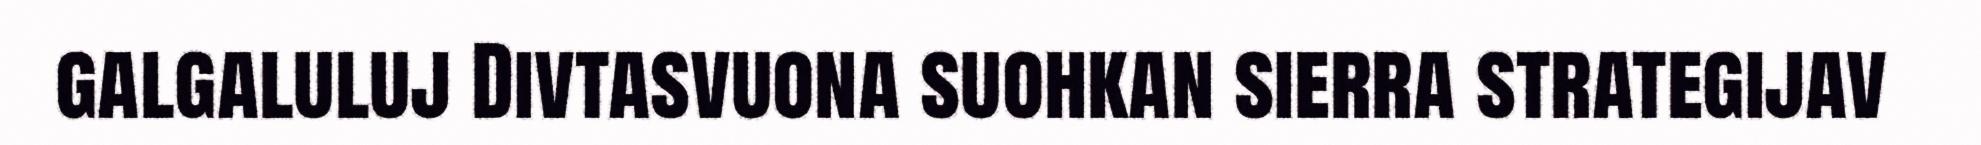
galgaluluj Divtasvuona suohkan sierra strategijav